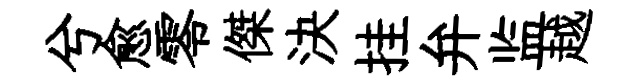
兮愈零傑決挂弁监越